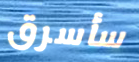
سأسرق